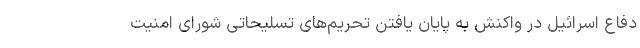
دفاع اسرائیل در واکنش به پایان یافتن تحریم‌های تسلیحاتی شورای امنیت